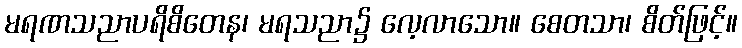
မရဏသညာပရိစိတေန၊ မရသညာ၌ လေ့လာသော။ စေတသာ၊ စိတ်ဖြင့်။